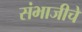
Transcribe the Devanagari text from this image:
संभाजीचे